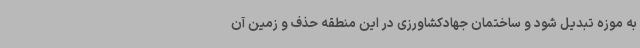
به موزه تبدیل شود و ساختمان جهادکشاورزی در این منطقه حذف و زمین آن